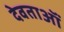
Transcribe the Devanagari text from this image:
देवताऑं